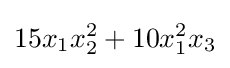
15x_{1}x_{2}^{2}+10x_{1}^{2}x_{3}